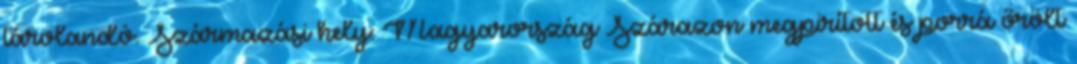
tárolandó. Származási hely: Magyarország Szárazon megpirított és porrá őrölt